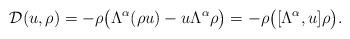
LaTeX: \begin{align*} \mathcal{D}(u,\rho)= - \rho \big(\Lambda^\alpha (\rho u)-u\Lambda^\alpha \rho\big) = -\rho \big([\Lambda^\alpha, u] \rho \big).\end{align*}